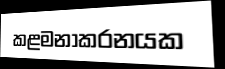
කළමනාකරනයක